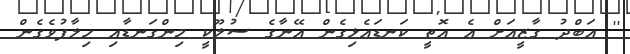
'' އަބްދު ގާޒީއަށް އެ އޮތީ ކަނޑައެޅިގެން އޭނާގެ ސުލޫކީ މިންގަނޑާއި ހިލާފުވެގެން